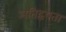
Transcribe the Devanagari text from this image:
अतिहृषता